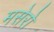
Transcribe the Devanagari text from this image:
मसेरो